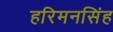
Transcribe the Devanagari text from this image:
हरिमनसिंह